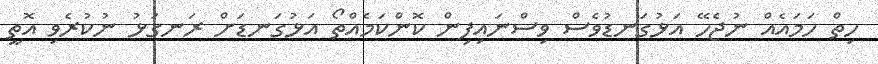
ހިތް ހަަމައެއް ނުޖެހޭ އަޅުގަނޑުވެސް ވިސްނައިފިން ކޮންކަމެއްތޯ އަޅުގަނޑަށް ރަނގަޅު ނުކުރެވި އޮތީ